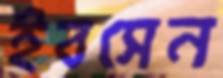
ইবসেন